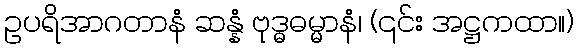
ဥပရိအာဂတာနံ ဆန္နံ ဗုဒ္ဓဓမ္မာနံ၊ (၎င်း အဋ္ဌကထာ။)